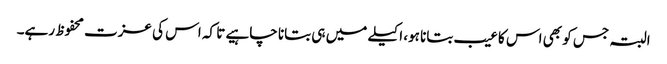
البتہ جس کو بھی اس کا عیب بتانا ہو، اکیلے میں ہی بتانا چاہیے تا کہ اس کی عزت محفوظ رہے۔